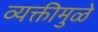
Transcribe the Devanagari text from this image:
व्यक्तीमुळे